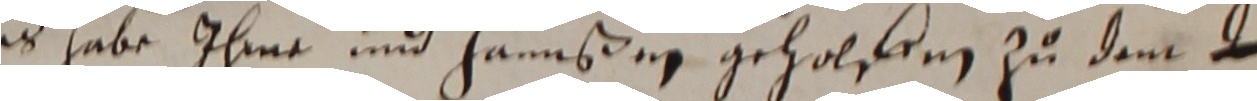
es habe ihme und Hannßen geholffen zu dem